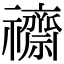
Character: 𮂧